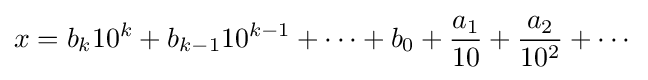
x=b_{k}10^{k}+b_{k-1}10^{k-1}+\cdots +b_{0}+{\frac {a_{1}}{10}}+{\frac {a_{2}}{10^{2}}}+\cdots